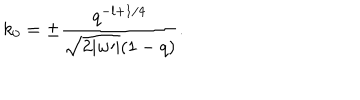
k _ { 0 } = \pm \frac { q ^ { - l + 1 / 4 } } { \sqrt { 2 | w \prime | } ( 1 - q ) } .